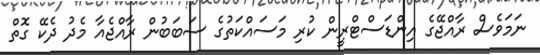
ނަމަވެސް ރާއްޖޭގެ އިންޑަސްޓްރީން ކުރި މަސައްކަތުގެ ސަބަބުން ރާއްޖެއާ މެދު ދެކޭ ގޮތް